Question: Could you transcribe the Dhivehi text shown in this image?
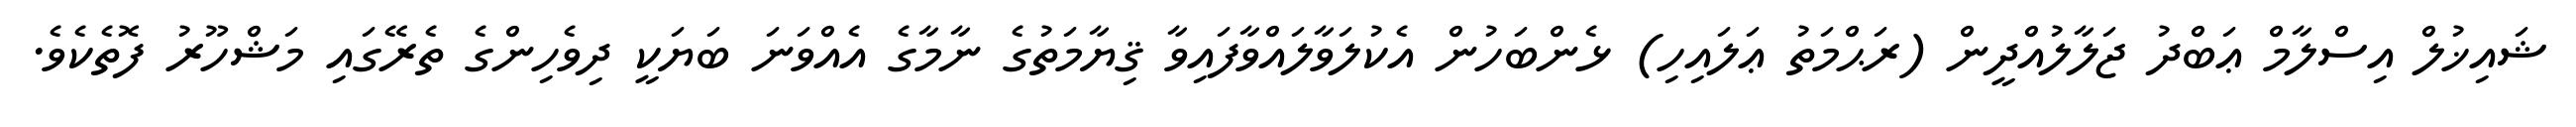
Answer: ޝައިޚުލް އިސްލާމް ޢަބްދު ޖަލާލުއްދީން (ރަޙްމަތު ޢަލައިހި) ޅެންބަހުން އެކުލަވާލައްވާފައިވާ ޤިޔާމަތުގެ ނާމާގެ އެއްވަނަ ބަޔަކީ ދިވެހިންގެ ތެރޭގައި މަޝްހޫރު ފޮތެކެވެ.